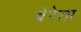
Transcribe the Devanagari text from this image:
बेरेत्ता